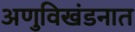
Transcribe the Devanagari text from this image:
अणुविखंडनात